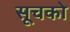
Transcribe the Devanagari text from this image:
सूचको